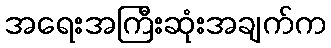
အရေးအကြီးဆုံးအချက်က